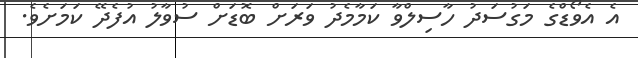
އެ އެވޯޑްގެ މަގުސަދު ހާސިލްވާ ކަމާމެދު ވަރަށް ބޮޑަށް ސުވާލު އުފެދޭ ކަމަށެވެ.